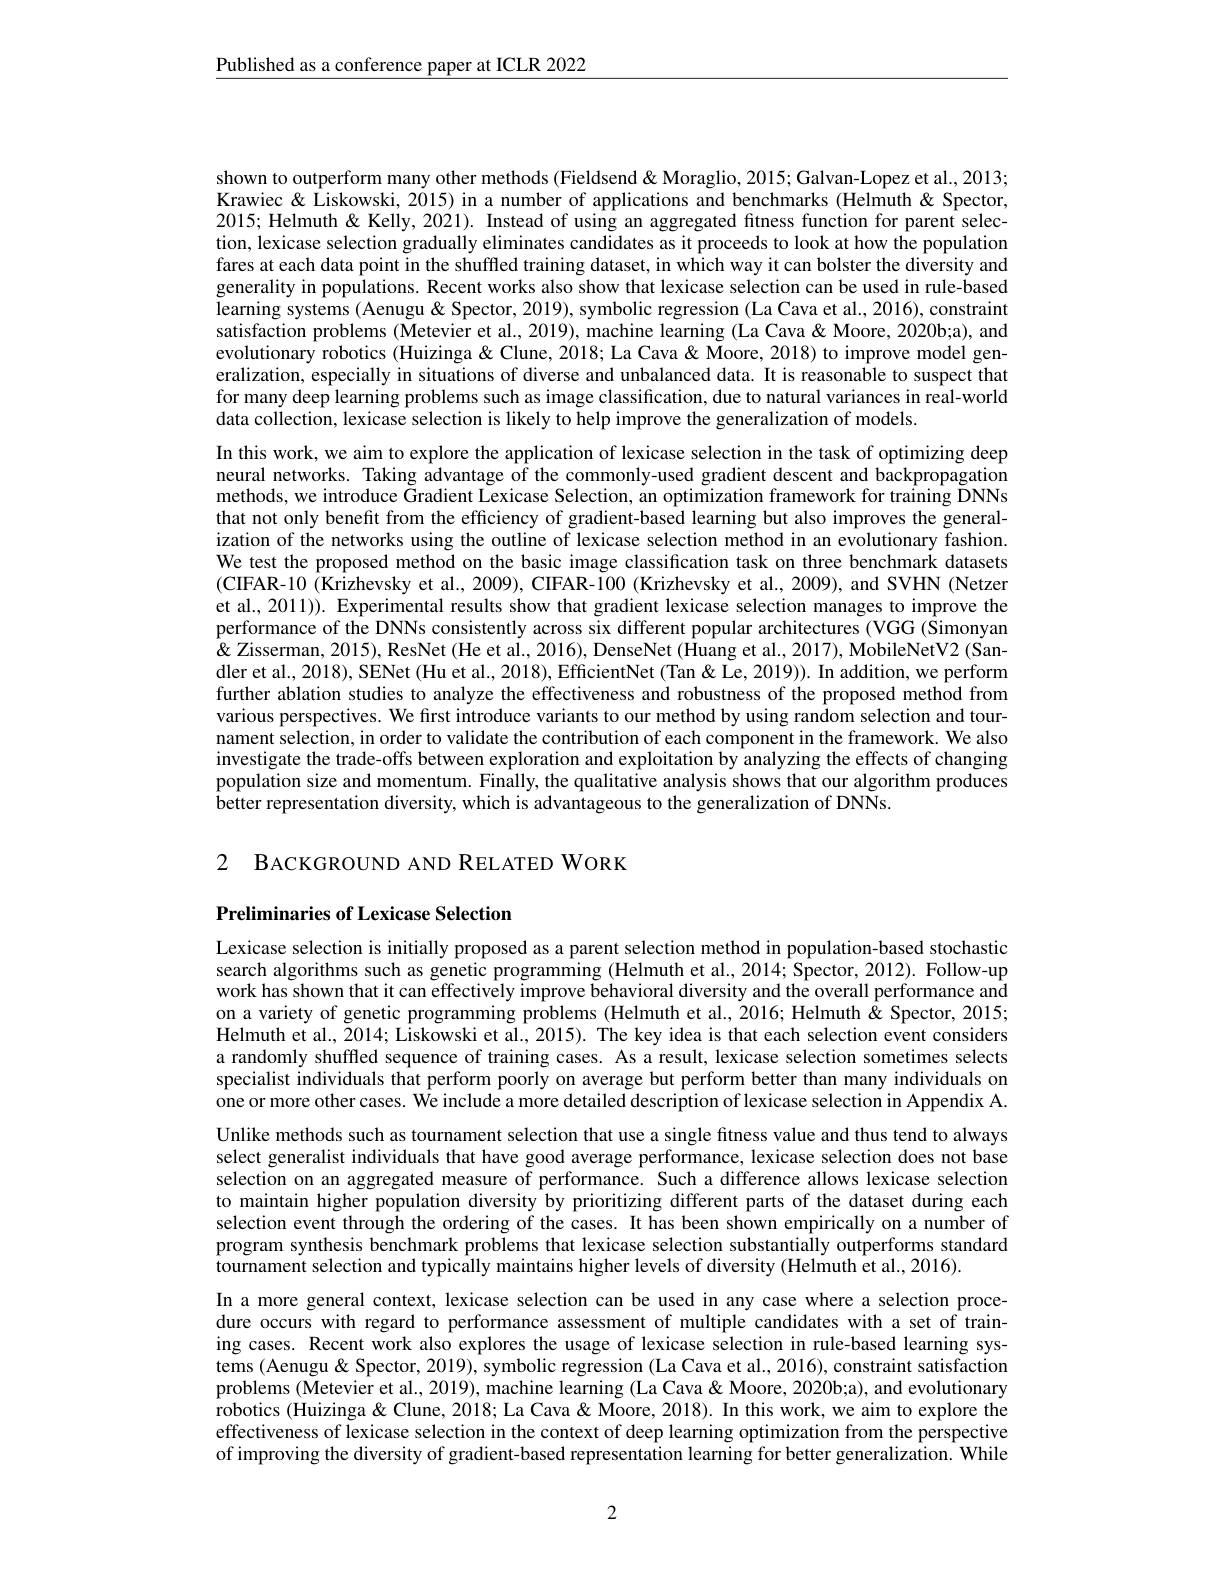
$\underline{\text{Published as a conference paper at ICLR 2022}}$

shown to outperform many other methods (Fieldsend&Moraglio, 2015; Galvan-Lopez et al., 2013; Krawiec& Liskowski, 2015) in a number of applications and benchmarks (Helmuth&Spector, 2015; Helmuth & Kelly, 2021). Instead of using an aggregated fitness function for parent selection, lexicase selection gradually eliminates candidates as it proceeds to look at how the population fares at each data point in the shuffled training dataset, in which way it can bolster the diversity and generality in populations. Recent works also show that lexicase selection can be used in rule-based learning systems (Aenugu & Spector, 2019), symbolic regression (La Cava et al., 2016), constraint satisfaction problems (Metevier et al., 2019), machine learning (La Cava & Moore, 2020b;a), and evolutionary robotics (Huizinga& Clune, 2018; La Cava & Moore, 2018) to improve model generalization, especially in situations of diverse and unbalanced data. It is reasonable to suspect that for many deep learning problems such as image classification, due to natural variances in real-world data collection, lexicase selection is likely to help improve the generalization of models.
In this work, we aim to explore the application of lexicase selection in the task of optimizing deep neural networks. Taking advantage of the commonly-used gradient descent and backpropagation methods, we introduce Gradient Lexicase Selection, an optimization framework for training ÕNNs that not only benefit from the efficiency of gradient-based learning but also improves the generalization of the networks using the outline of lexicase selection method in an evolutionary fashion. We test the proposed method on the basic image classification task on three benchmark datasets (CIFAR-10 (Krizhevsky et al., 2009), CIFAR-100 (Krizhevsky et al., 2009), and SVHN (Netzer et al., 2011)). Experimental results show that gradient lexicase selection manages to improve the performance of the DNNs consistently across six different popular architectures (VGG (Simonyan & Zisserman, 2015), ResNet (He et al., 2016), DenseNet (Huang et al., 2017), MobileNetV2 (Sandler et al., 2018), SENet (Hu et al., 2018), EfficientNet (Tan &Le, 2019)). In addition, we perform further ablation studies to analyze the effectiveness and robustness of the proposed method from various perspectives. We first introduce variants to our method by using random selection and tournament selection, in order to validate the contribution of each component in the framework. We also investigate the trade-offs between exploration and exploitation by analyzing the effects of changing population size and momentum. Finally, the qualitative analysis shows that our algorithm produces better representation diversity, which is advantageous to the generalization of DNNs.

2 BACKGROUND AND RELATED WORK

## Preliminaries of Lexicase Selection

Lexicase selection is initially proposed as a parent selection method in population-based stochastic search algorithms such as genetic programming (Helmuth et al., 2014; Spector, 2012). Follow-up work has shown that it can effectively improve behavioral diversity and the overall performance and on a variety of genetic programming problems (Helmuth et al., 2016; Helmuth & Spector, 2015; Helmuth et al., 2014; Liskowski et al., 2015). The key idea is that each selection event considers a randomly shuffled sequence of training cases. As a result, lexicase selection sometimes selects specialist individuals that perform poorly on average but perform better than many individuals on $\hat{\text{one or more other cases. We include a more detailed description of lexicase selection in Appendix A}}$ Unlike methods such as tournament selection that use a single fitness value and thus tend to always select generalist individuals that have good average performance, lexicase selection does not base selection on an aggregated measure of performance. Such a difference allows lexicase selection to maintain higher population diversity by prioritizing different parts of the dataset during each selection event through the ordering of the cases. It has been shown empirically on a number of program synthesis benchmark problems that lexicase selection substantially outperforms standard tournament selection and typically maintains higher levels of diversity (Helmuth et al., 2016).
In a more general context, lexicase selection can be used in any case where a selection procedure occurs with regard to performance assessment of multiple candidates with a set of training cases. Recent work also explores the usage of lexicase selection in rule-based learning systems (Aenugu & Spector, 2019), symbolic regression (La Cava et al., 2016), constraint satisfaction problems (Metevier et al., 2019), machine learning (La Cava & Moore, 2020b;a), and evolutionary $\hat{\text{robotics (Huizinga\" }}$ Lune, 2018; La Cava & Moore, 2018). In this work, we aim to explore the effectiveness of lexicase selection in the context of deep learning optimization from the perspective of improving the diversity of gradient-based representation learning for better generalization. While

2